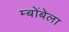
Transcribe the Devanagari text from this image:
म्बोंबेला